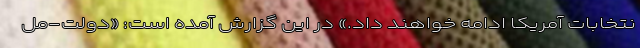
نتخابات آمریکا ادامه خواهند داد.» در این گزارش آمده است: «دولت-مل